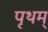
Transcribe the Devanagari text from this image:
पृथम्‌